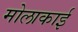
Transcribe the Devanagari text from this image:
मोलाकाई